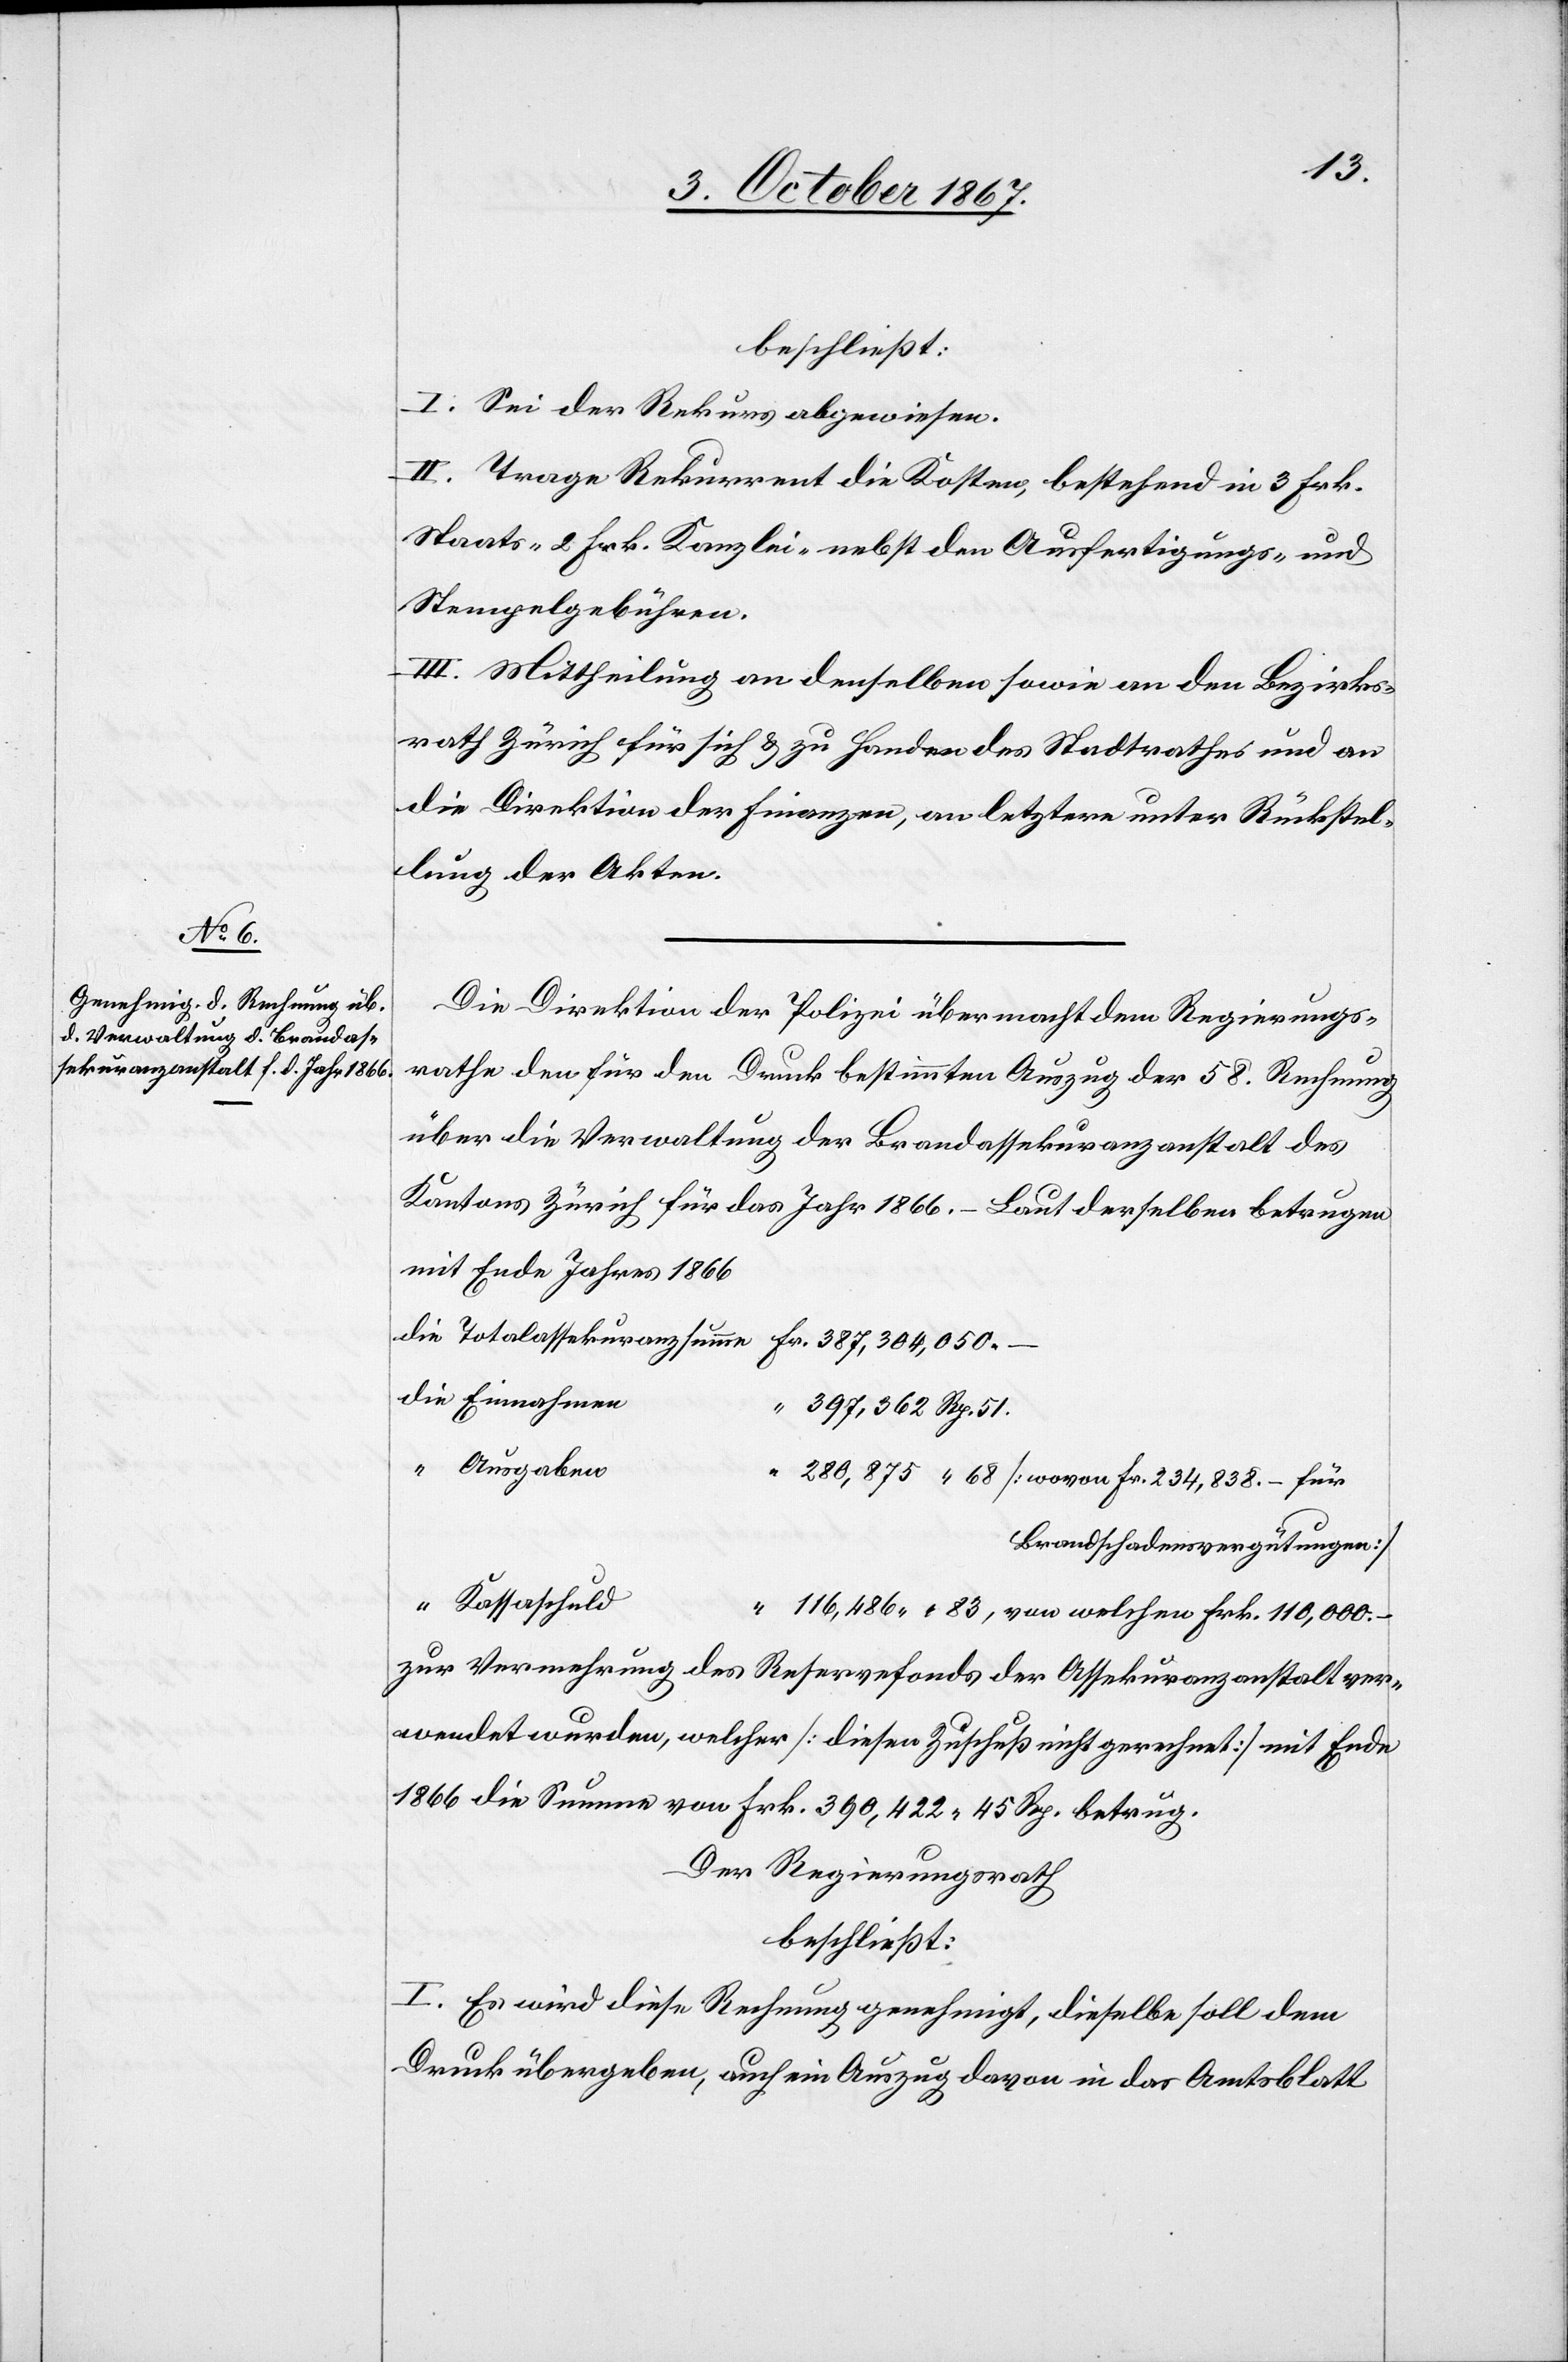
.83,
beschließt:
I. Sei der Rekurs abgewiesen.
II. Trage Rekurrent die Kosten, bestehend in 3 Frk.
Staats-[,] 2 Frk. Kanzlei- nebst den Ausfertigungs- und
Stempelgebühren.
III. Mittheilung an denselben sowie an den Bezirks¬
rath Zürich für sich u. zu Handen des Stadtrathes und an
die Direktion der Finanzen, an letztere unter Rückstel¬
lung der Akten.
Die Direktion der Polizei übermacht dem Regierungs¬
rathe den für den Druck bestimmten Auszug der 58. Rechnung
über die Verwaltung der Brandassekuranzanstalt des
Kantons Zürich für das Jahr 1866. – Laut derselben betrugen
mit Ende Jahres 1866
Ausgaben
Brandschadensvergütungen.]
Kassaschuld
zur Vermehrung des Reservefonds der Assekuranzanstalt ver¬
wendet wurden, welcher [dieser Zuschuß nicht gerechnet] mit Ende
1866 die Summe von Frk. 390 422.45 Rp. betrug.
Der Regierungsrath,
beschließt:
I. Es wird diese Rechnung genehmigt, dieselbe soll dem
Druck übergeben, auch ein Auszug davon in das Amtsblatt